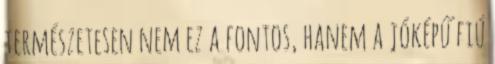
természetesen nem ez a fontos, hanem a jóképű fiú